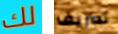
لك تصريف